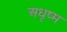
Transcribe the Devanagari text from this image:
अधृष्म